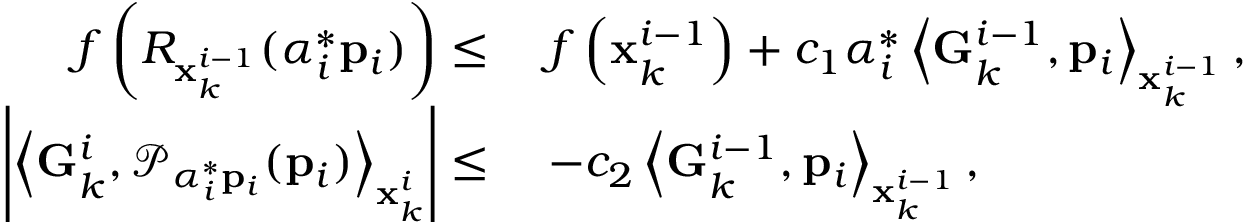
\begin{array} { r l } { f \left( R _ { \mathbf { x } _ { k } ^ { i - 1 } } ( \alpha _ { i } ^ { * } \mathbf { p } _ { i } ) \right) \le } & { \; f \left( \mathbf { x } _ { k } ^ { i - 1 } \right) + c _ { 1 } \alpha _ { i } ^ { * } \left\langle \mathbf { G } _ { k } ^ { i - 1 } , \mathbf { p } _ { i } \right\rangle _ { \mathbf { x } _ { k } ^ { i - 1 } } , } \\ { \left| \left\langle \mathbf { G } _ { k } ^ { i } , \mathcal { P } _ { \alpha _ { i } ^ { * } \mathbf { p } _ { i } } ( \mathbf { p } _ { i } ) \right\rangle _ { \mathbf { x } _ { k } ^ { i } } \right| \le } & { \; - c _ { 2 } \left\langle \mathbf { G } _ { k } ^ { i - 1 } , \mathbf { p } _ { i } \right\rangle _ { \mathbf { x } _ { k } ^ { i - 1 } } , } \end{array}